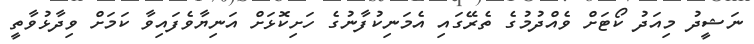
ނަޝީދު މިއަދު ކޯޓަށް ވެއްދުމުގެ ތެރޭގައި އެމަނިކުފާނުގެ ހަށިކޮޅަށް އަނިޔާވެފައިވާ ކަމަށް ވިދާޅުވާތީ